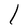
Character: l